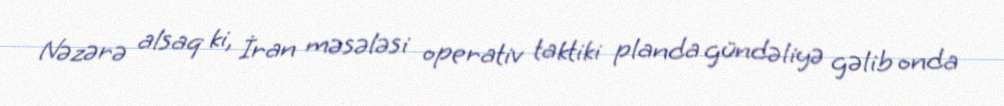
Nəzərə alsaq ki, İran məsələsi operativ taktiki planda gündəliyə gəlib onda